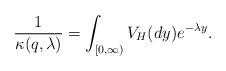
LaTeX: \begin{align*}\frac{1}{\kappa(q,\lambda)}=\int_{[0,\infty)}V_{H}(dy)e^{-\lambda y}.\end{align*}